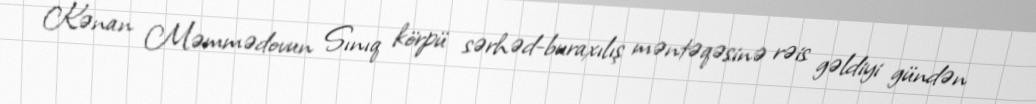
Kənan Məmmədovun Sınıq körpü sərhəd-buraxılış məntəqəsinə rəis gəldiyi gündən